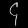
Digit: ၄